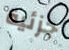
جزئية